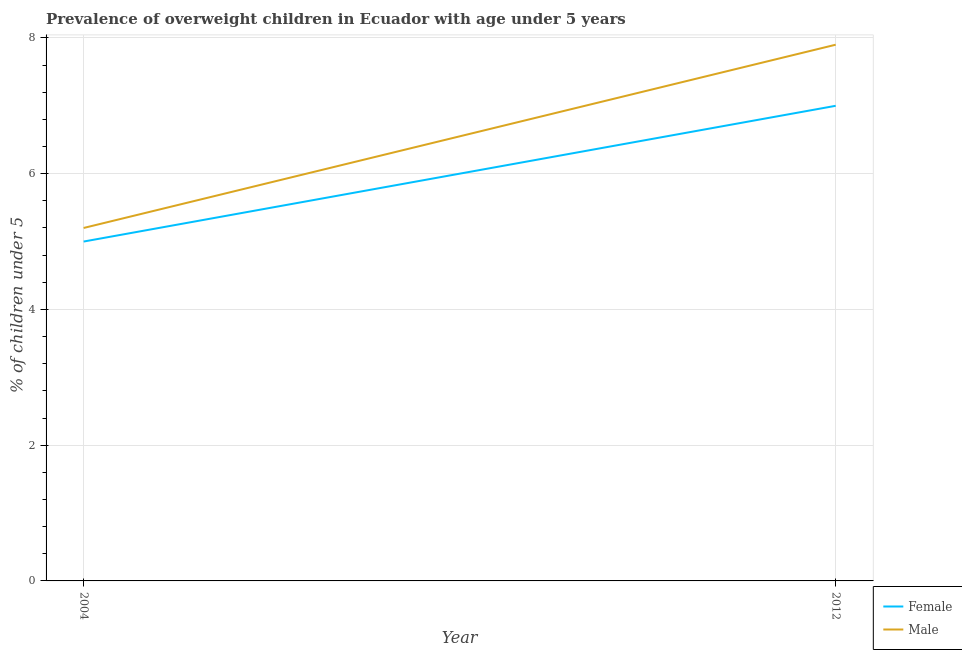
| Year | Female | Male |
 | --- | --- | --- |
 | 2004 | 5 | 5.2 |
 | 2012 | 7 | 7.9 |